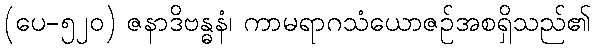
(ပေ-၅၂၀) ဇနာဒိဗန္ဓနံ၊ ကာမရာဂသံယောဇဉ်အစရှိသည်၏